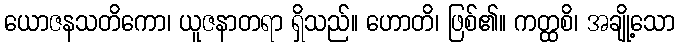
ယောဇနသတိကော၊ ယူဇနာတရာ ရှိသည်။ ဟောတိ၊ ဖြစ်၏။ ကတ္ထစိ၊ အချို့သော